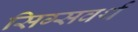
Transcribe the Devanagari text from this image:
सिग्सवर्थ